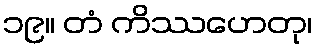
၁၉။ တံ ကိဿဟေတု၊